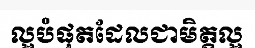
ល្អបំផុតដែលជាមិត្តល្អ